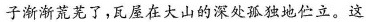
子渐渐荒芜了，瓦屋在大山的深处孤独地伫立。这